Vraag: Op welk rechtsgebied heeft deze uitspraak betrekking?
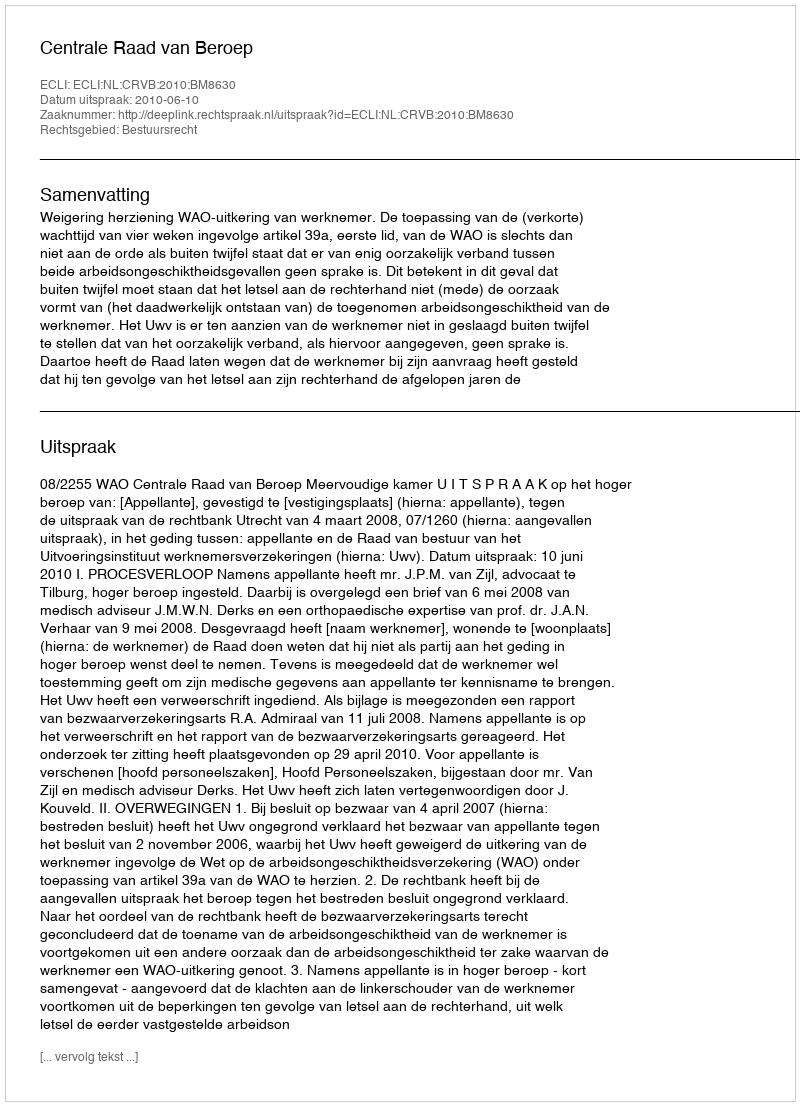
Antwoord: Bestuursrecht